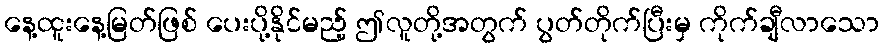
နေ့ထူးနေ့မြတ်ဖြစ် ပေးပို့နိုင်မည့် ဤလူတို့အတွက် ပွတ်တိုက်ပြီးမှ ကိုက်ချီလာသော